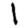
Digit: 1